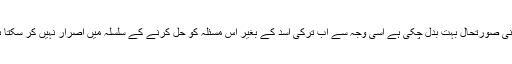
انہوں نے مزید کہا کہ زمینی صورتحال بہت بدل چکی ہے اسی وجہ سے اب ترکی اسد کے بغیر اس مسئلہ کو حل کرنے کے سلسلہ میں اصرار نہیں کر سکتا ہے کیونکہ یہ ناممکن ہے۔